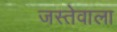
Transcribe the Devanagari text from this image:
जस्तेवाला